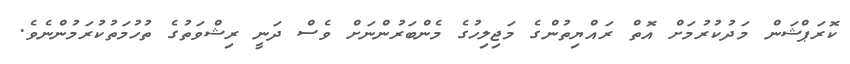
ކޮރަޕްޝަން މަދުކުރުމަށް އޮތް ރައްޔިތުންގެ މަޖިލިހުގެ މެންބަރުންނަށް ވެސް ދަނީ ރިޝްވަތުގެ ތުހުމަތުކުރަމުންނެވެ.